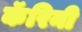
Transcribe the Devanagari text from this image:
कॅरिनी